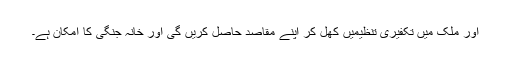
اور ملک میں تکفیری تنظیمیں کھل کر اپنے مقاصد حاصل کریں گی اور خانہ جنگی کا امکان ہے۔